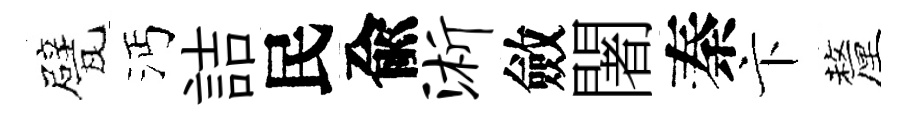
甓沔詰民兪浙斂闍秦卞釐